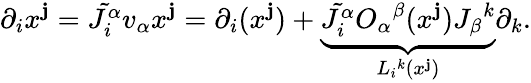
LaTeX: \partial_{i}x^{\mathbf{j}}=\tilde{{J_{i}^{\alpha}}}v_{\alpha}x^{\mathbf{j}}=\partial_{i}(x^{\mathbf{j}})+\underbrace{{\tilde{{J_{i}^{\alpha}}}O_{\alpha}{}^{\beta}(x^{\mathbf{j}})J_{\beta}{}^{k}}}_{L_{i}{}^{k}(x^{\mathbf{j}})}\partial_{k}.